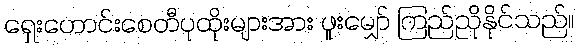
ရှေးဟောင်းစေတီပုထိုးများအား ဖူးမျှော် ကြည်ညိုနိုင်သည်။